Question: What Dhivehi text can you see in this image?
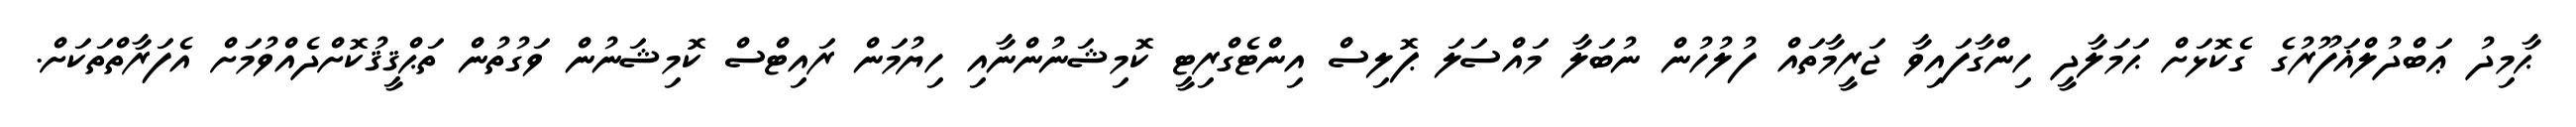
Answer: ޙާމިދު ޢަބްދުލްޣަފޫރުގެ ގެކޮޅަށް ޙަމަލާދީ ހިންގާފައިވާ ޖަރީމާތައް ފުލުހުން ނުބަލާ މައްސަލަ ޕޮލިސް އިންޓެގްރިޓީ ކޮމިޝަނުންނާއި ހިޔުމަން ރައިޓްސް ކޮމިޝަނުން ވަގުތުން ތަޙްޤީޤުކޮށްދެއްވުމަށް އެފަރާތްތަކަށް.